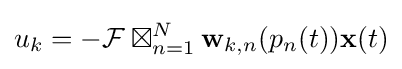
u_{k}=-{\mathcal {F}}\boxtimes _{n=1}^{N}\mathbf {w} _{k,n}(p_{n}(t))\mathbf {x} (t)